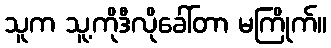
သူက သူ့ကိုဒီလိုခေါ်တာ မကြိုက်။